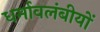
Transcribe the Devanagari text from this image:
धर्मावलंबीयों